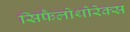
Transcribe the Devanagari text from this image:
सिफैलोथोरेक्स